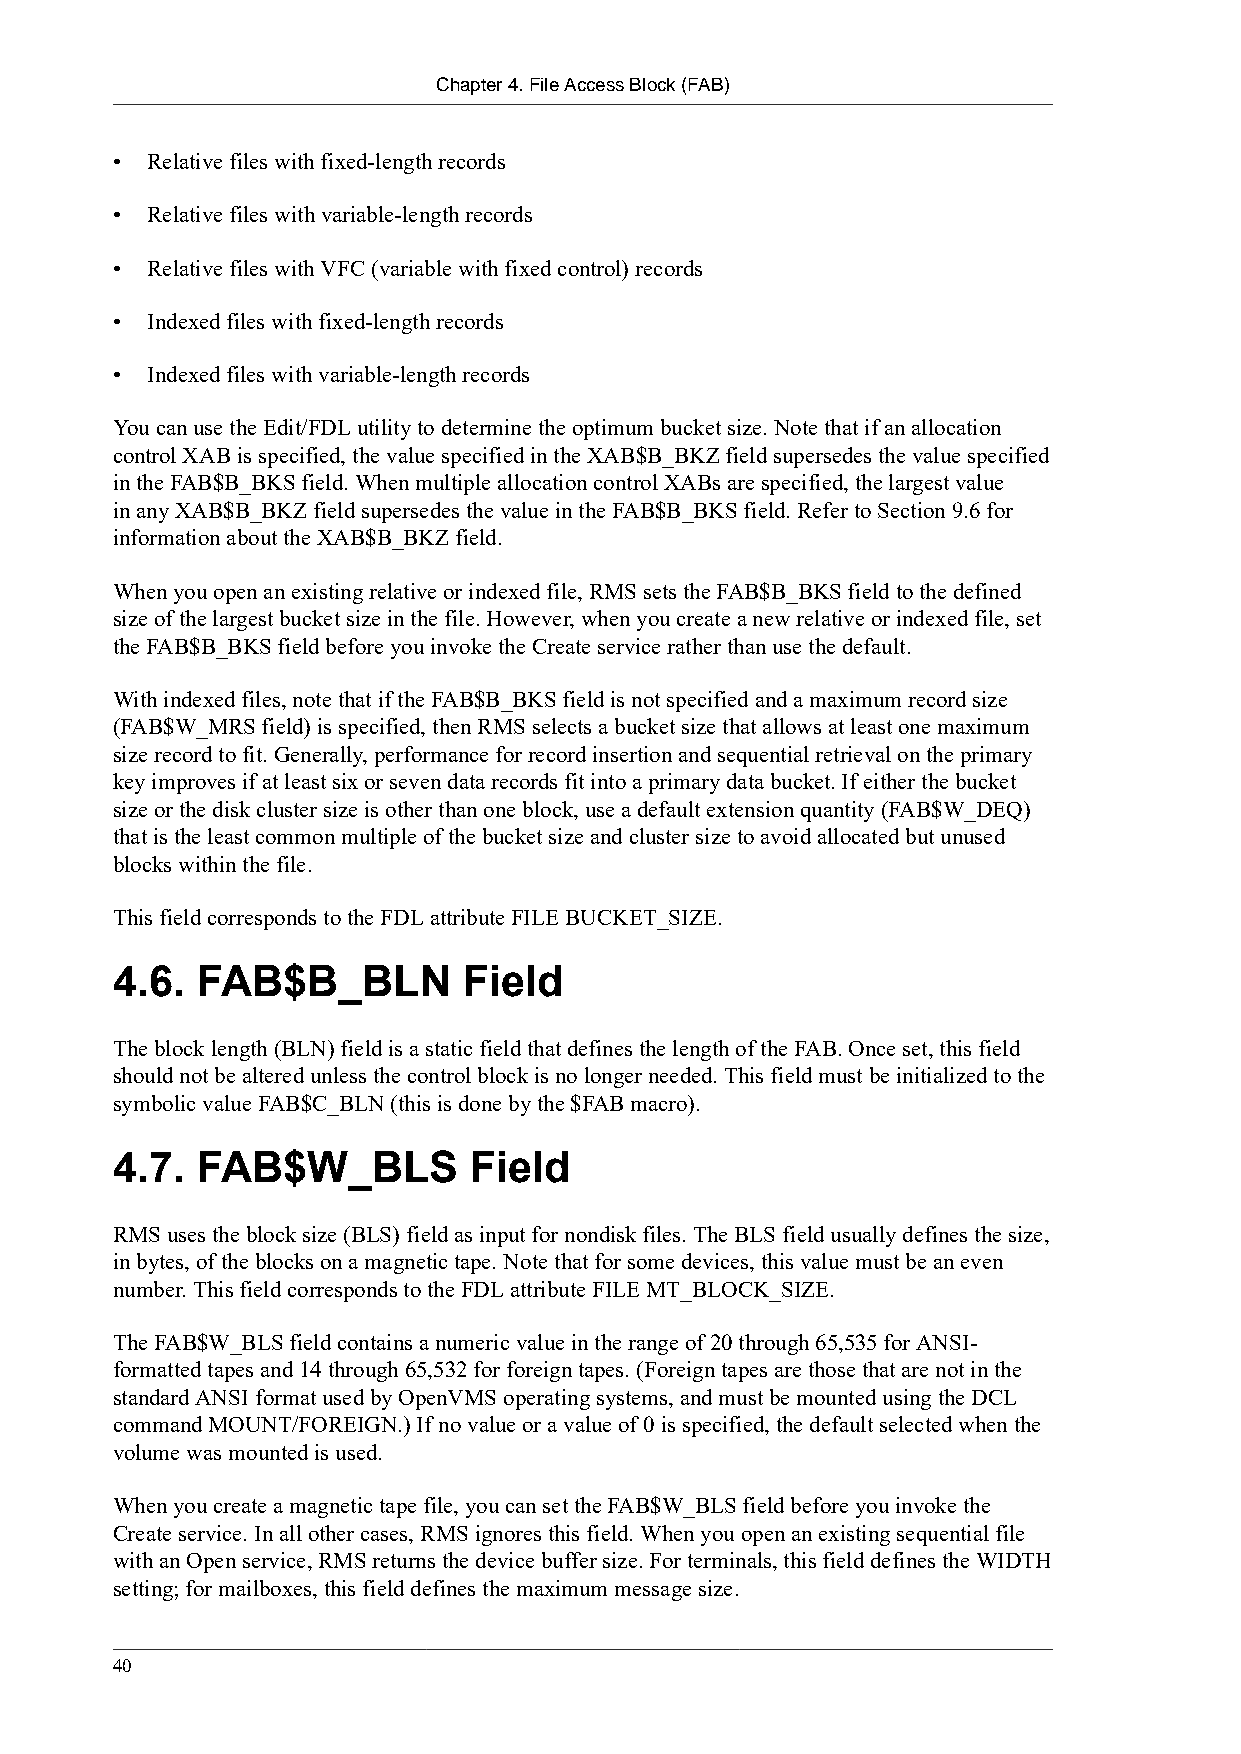
Chapter 4. File Access Block (FAB)
 •  Relative files with fixed-length records
 •  Relative files with variable-length records
 •  Relative files with VFC (variable with fixed control) records
 •  Indexed files with fixed-length records
 •  Indexed files with variable-length records
 You can use the Edit/FDL utility to determine the optimum bucket size. Note that if an allocation
 control XAB is specified, the value specified in the XAB$B_BKZ field supersedes the value specified
 in the FAB$B_BKS field. When multiple allocation control XABs are specified, the largest value
 in any XAB$B_BKZ field supersedes the value in the FAB$B_BKS field. Refer to Section 9.6 for
 information about the XAB$B_BKZ field.
 When you open an existing relative or indexed file, RMS sets the FAB$B_BKS field to the defined
 size of the largest bucket size in the file. However, when you create a new relative or indexed file, set
 the FAB$B_BKS field before you invoke the Create service rather than use the default.
 With indexed files, note that if the FAB$B_BKS field is not specified and a maximum record size
 (FAB$W_MRS field) is specified, then RMS selects a bucket size that allows at least one maximum
 size record to fit. Generally, performance for record insertion and sequential retrieval on the primary
 key improves if at least six or seven data records fit into a primary data bucket. If either the bucket
 size or the disk cluster size is other than one block, use a default extension quantity (FAB$W_DEQ)
 that is the least common multiple of the bucket size and cluster size to avoid allocated but unused
 blocks within the file.
 This field corresponds to the FDL attribute FILE BUCKET_SIZE.
 4.6.  FAB$B_BLN         Field
 The block length (BLN) field is a static field that defines the length of the FAB. Once set, this field
 should not be altered unless the control block is no longer needed. This field must be initialized to the
 symbolic value FAB$C_BLN (this is done by the $FAB macro).
 4.7.  FAB$W_BLS         Field
 RMS uses the block size (BLS) field as input for nondisk files. The BLS field usually defines the size,
 in bytes, of the blocks on a magnetic tape. Note that for some devices, this value must be an even
 number. This field corresponds to the FDL attribute FILE MT_BLOCK_SIZE.
 The FAB$W_BLS field contains a numeric value in the range of 20 through 65,535 for ANSI-
 formatted tapes and 14 through 65,532 for foreign tapes. (Foreign tapes are those that are not in the
 standard ANSI format used by OpenVMS operating systems, and must be mounted using the DCL
 command MOUNT/FOREIGN.) If no value or a value of 0 is specified, the default selected when the
 volume was mounted is used.
 When you create a magnetic tape file, you can set the FAB$W_BLS field before you invoke the
 Create service. In all other cases, RMS ignores this field. When you open an existing sequential file
 with an Open service, RMS returns the device buffer size. For terminals, this field defines the WIDTH
 setting; for mailboxes, this field defines the maximum message size.
 40